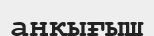
аңқығыш